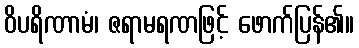
ဝိပရိဏာမံ၊ ဇရာမရဏဖြင့် ဖောက်ပြန်၏။